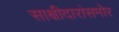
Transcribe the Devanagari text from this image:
साक्षीदारांसमोर